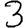
Digit: 3